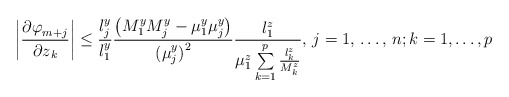
\begin{align*}\left| \frac{{\partial \varphi }_{m+j}}{{\partial z}_{k}} \right|\le \frac{l_{j}^{y}}{l_{1}^{y}}\frac{\left( M_{1}^{y}M_{j}^{y}-\mu_{1}^{y}\mu _{j}^{y} \right)}{{(\mu_{j}^{y})}^{2}}\frac{l_{1}^{z}}{\mu _{1}^{z}\sum\limits_{k=1}^p \frac{l_{k}^{z}}{M_{k}^{z}} },\thinspace j=1,\thinspace \mathellipsis ,\thinspace n;k=1,\mathellipsis ,p\end{align*}